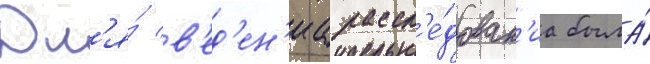
Дл'я́ в'ед'ен'иа рассл'е́дован'иа была́